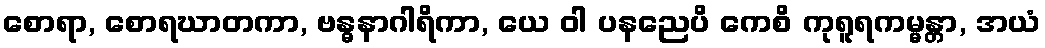
စောရာ, စောရဃာတကာ, ဗန္ဓနာဂါရိကာ, ယေ ဝါ ပနညေပိ ကေစိ ကုရူရကမ္မန္တာ, အယံ